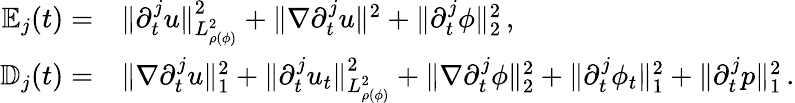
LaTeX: \begin{array}{rl}{\mathbb{E}_{j}(t)=}&{\| \partial_{t}^{j}u\| _{L_{\rho(\phi)}^{2}}^{2}+\| \nabla\partial_{t}^{j}u\| ^{2}+\| \partial_{t}^{j}\phi\| _{2}^{2}\, ,}\\ {\mathbb{D}_{j}(t)=}&{\| \nabla\partial_{t}^{j}u\| _{1}^{2}+\| \partial_{t}^{j}u_{t}\| _{L_{\rho(\phi)}^{2}}^{2}+\| \nabla\partial_{t}^{j}\phi\| _{2}^{2}+\| \partial_{t}^{j}\phi_{t}\| _{1}^{2}+\| \partial_{t}^{j}p\| _{1}^{2}\, .}\end{array}